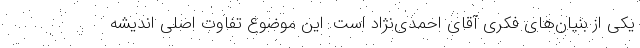
یکی از بنیان‌های فکری آقای احمدی‌نژاد است. این موضوع تفاوت اصلی اندیشه